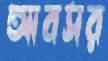
আবসর